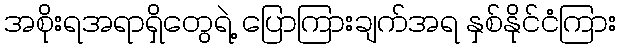
အစိုးရအရာရှိတွေရဲ့ ပြောကြားချက်အရ နှစ်နိုင်ငံကြား